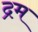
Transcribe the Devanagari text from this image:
द्रम